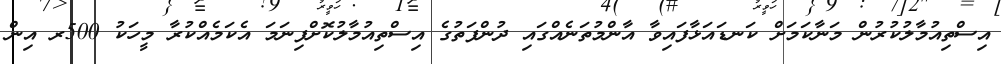
އިސްތިއުމާލުކުރުން މަނާކަމަށް ކަނޑައަޅާފައިވާ އާންމުތަނެއްގައި ދުންފަތުގެ އިސްތިއުމާލުކޮށްފިނަމަ އެކަމެއްކުރާ މީހަކު 500ރ އިން